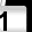
Digit: 1